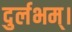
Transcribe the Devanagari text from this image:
दुर्लभम्।